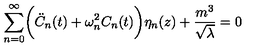
\sum _ { n = 0 } ^ { \infty } \biggl ( { \ddot { C } } _ { n } ( t ) + \omega _ { n } ^ { 2 } C _ { n } ( t ) \biggr ) \eta _ { n } ( z ) + \frac { m ^ { 3 } } { \sqrt \lambda } = 0